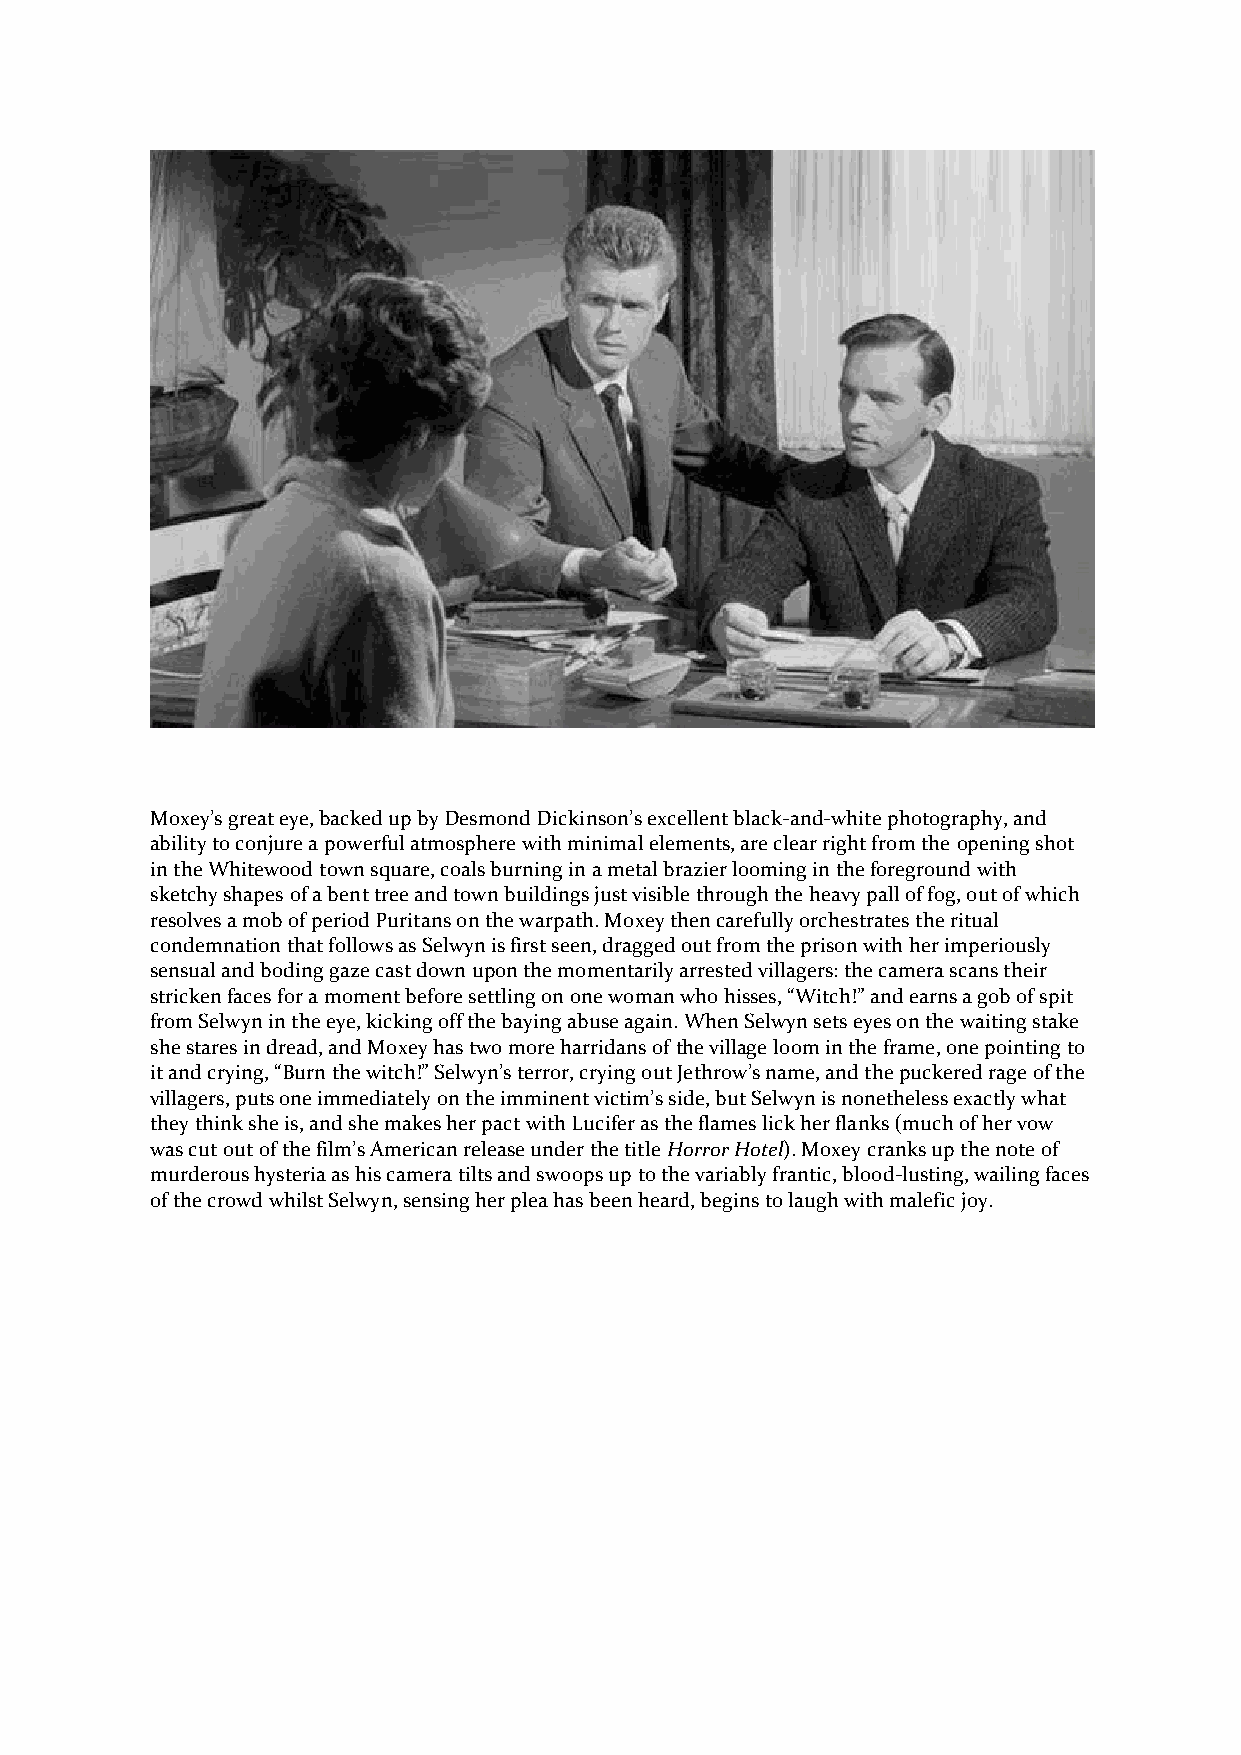
Moxey’s great eye, backed up by Desmond Dickinson’s excellent black-and-white photography, and
 ability to conjure a powerful atmosphere with minimal elements, are clear right from the opening shot
 in the Whitewood town square, coals burning in a metal brazier looming in the foreground with
 sketchy shapes of a bent tree and town buildings just visible through the heavy pall of fog, out of which
 resolves a mob of period Puritans on the warpath. Moxey then carefully orchestrates the ritual
 condemnation that follows as Selwyn is first seen, dragged out from the prison with her imperiously
 sensual and boding gaze cast down upon the momentarily arrested villagers: the camera scans their
 stricken faces for a moment before settling on one woman who hisses, “Witch!” and earns a gob of spit
 from Selwyn in the eye, kicking off the baying abuse again. When Selwyn sets eyes on the waiting stake
 she stares in dread, and Moxey has two more harridans of the village loom in the frame, one pointing to
 it and crying, “Burn the witch!” Selwyn’s terror, crying out Jethrow’s name, and the puckered rage of the
 villagers, puts one immediately on the imminent victim’s side, but Selwyn is nonetheless exactly what
 they think she is, and she makes her pact with Lucifer as the flames lick her flanks (much of her vow
 was cut out of the film’s American release under the title Horror Hotel). Moxey cranks up the note of
 murderous hysteria as his camera tilts and swoops up to the variably frantic, blood-lusting, wailing faces
 of the crowd whilst Selwyn, sensing her plea has been heard, begins to laugh with malefic joy.